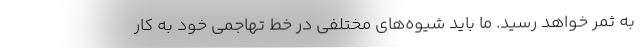
به ثمر خواهد رسید. ما باید شیوه‌های مختلفی در خط تهاجمی خود به کار